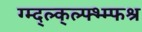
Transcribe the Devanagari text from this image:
ग्म्द्ल्क्ल्फ्भ्म्फश्र